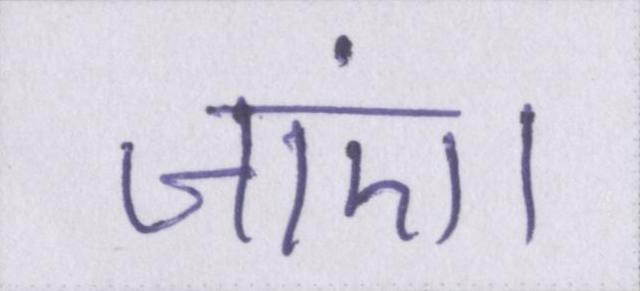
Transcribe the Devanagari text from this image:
जाएं।